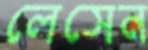
লেসেন